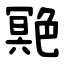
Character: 䒌